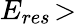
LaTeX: E_{res}\! >